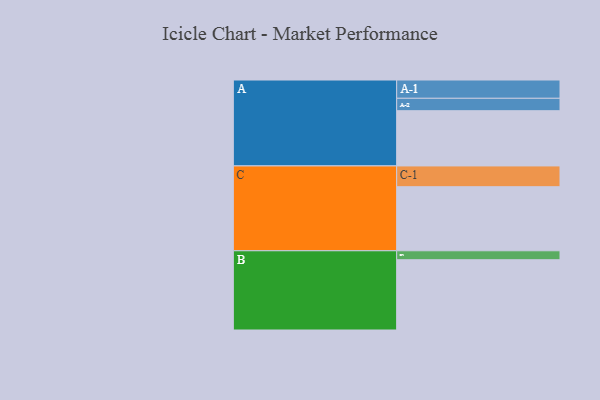
{"axis": {"x": "Segment", "y": "Value"}, "legend": ["", "A", "B", "C"], "data": [{"x": "A", "y": 462, "type": ""}, {"x": "B", "y": 588, "type": ""}, {"x": "C", "y": 536, "type": ""}, {"x": "A-1", "y": 153, "type": "A"}, {"x": "A-2", "y": 104, "type": "A"}, {"x": "B-1", "y": 75, "type": "B"}, {"x": "C-1", "y": 174, "type": "C"}]}